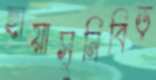
ছায়াসুনিবিড়